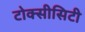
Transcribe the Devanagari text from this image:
टोक्सीसिटी